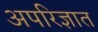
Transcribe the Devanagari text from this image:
अपरिज्ञात